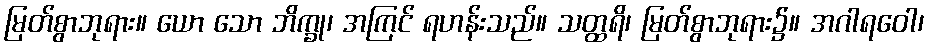
မြတ်စွာဘုရား။ ယော သော ဘိက္ခု၊ အကြင် ရဟန်းသည်။ သတ္ထရိ၊ မြတ်စွာဘုရား၌။ အဂါရဝေါ၊